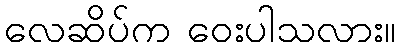
လေဆိပ်က ဝေးပါသလား။